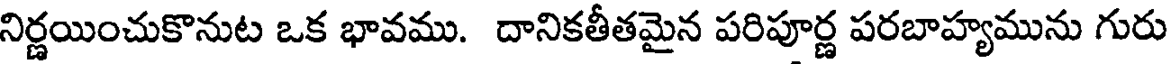
నిర్ణయించుకొనుట ఒక భావము. దానికతీతమైన పరిపూర్ణ పరబాహ్యమును గురు